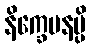
နိက္ခေပနမ္ပိ